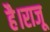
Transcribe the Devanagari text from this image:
है।राजू